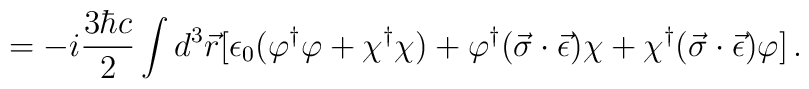
=-i\frac{3\hbar c}{2}\int d^3\vec{r}[\epsilon_0 (\varphi^{\dagger}\varphi+\chi^{\dagger}\chi)+\varphi^{\dagger}(\vec{\sigma}\cdot\vec{\epsilon})\chi+\chi^{\dagger}(\vec{\sigma}\cdot\vec{\epsilon})\varphi]\,{.}